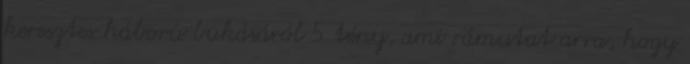
keresztes háború bukásáról 5 tény, ami rámutat arra, hogy